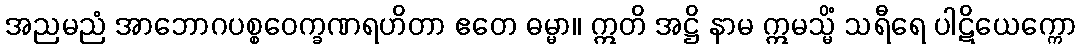
အညမညံ အာဘောဂပစ္စဝေက္ခဏရဟိတာ ဧတေ ဓမ္မာ။ ဣတိ အဋ္ဌိ နာမ ဣမသ္မိံ သရီရေ ပါဋိယေက္ကော